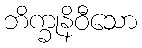
ဘိက္ခုနိဝီသော